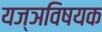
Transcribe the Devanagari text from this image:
यज्ञविषयक